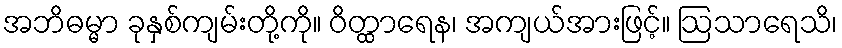
အဘိဓမ္မာ ခုနှစ်ကျမ်းတို့ကို။ ဝိတ္ထာရေန၊ အကျယ်အားဖြင့်။ ဩသာရေသိ၊